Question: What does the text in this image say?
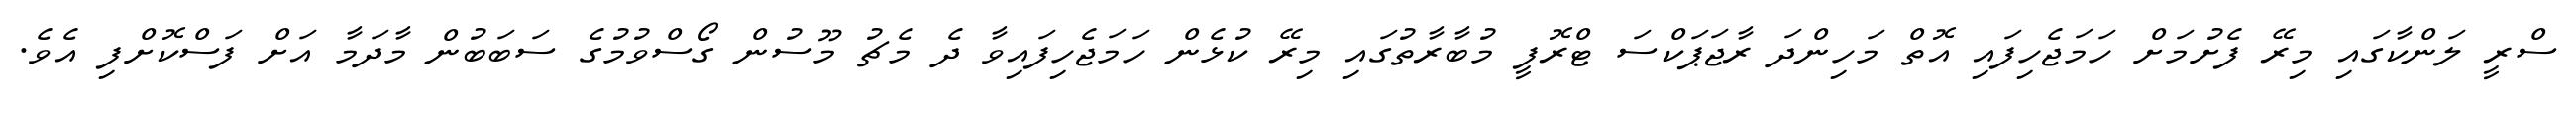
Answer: ސްރީ ލަންކާގައި މިރޭ ފެށުމަށް ހަމަޖެހިފައި އޮތް މަހިންދަ ރާޖަޕަކްސަ ޓްރޮފީ މުބާރާތުގައި މިރޭ ކުޅެން ހަމަޖެހިފައިވާ ދެ މެޗު މޫސުން ގޯސްވުމުގެ ސަބަބުން މާދަމާ އަށް ފަސްކޮށްފި އެވެ.